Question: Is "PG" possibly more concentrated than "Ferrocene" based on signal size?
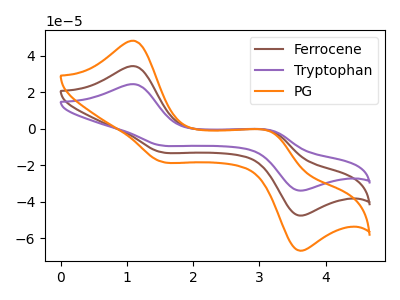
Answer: <think>The brown curve "Ferrocene" has anodic peaks at (1.10V, 34.35uA) (3.20V, -1.50uA) and cathodic peaks at (1.50V, -12.70uA) (3.55V, -47.25uA). The purple curve "Tryptophan" has anodic peaks at (1.10V, 68.75uA) (3.20V, -3.05uA) and cathodic peaks at (1.50V, -25.35uA) (3.55V, -94.50uA). The orange curve "PG" has anodic peaks at (1.10V, 48.25uA) (3.20V, -2.15uA) and cathodic peaks at (1.50V, -17.80uA) (3.55V, -66.35uA).
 All the peaks in "PG" have a peak in "Ferrocene" at the same potential.</think>
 <answer>I cant tell if "PG" or "Ferrocene" has more signal.</answer>
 <eval>mixed_signal</eval>